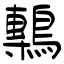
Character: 鷒